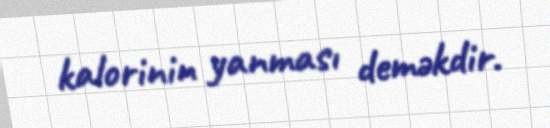
kalorinin yanması deməkdir.